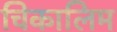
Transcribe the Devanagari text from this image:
चिकालिम